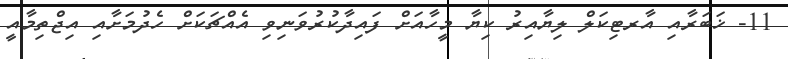
11- ޚަބަރާއި އާރޓިކަލް ލިޔާއިރު ކިޔާ މީހާއަށް ފައިދާކުރުވަނިވި އެއްޗަކަށް ހެދުމަށާއި އިޖްތިމާއީ